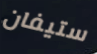
ستيفان